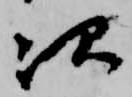
次